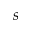
\boldsymbol { s }